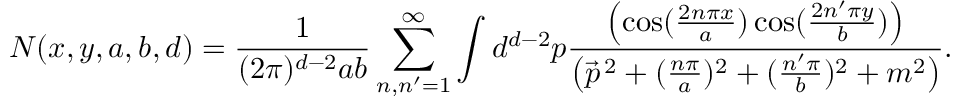
N ( x , y , a , b , d ) = \frac { 1 } { ( 2 \pi ) ^ { d - 2 } a b } \sum _ { n , n ^ { \prime } = 1 } ^ { \infty } \int d ^ { d - 2 } p \frac { \left( \cos ( \frac { 2 n \pi x } { a } ) \cos ( \frac { 2 n ^ { \prime } \pi y } { b } ) \right) } { \left( \vec { p } ^ { \, 2 } + ( \frac { n \pi } { a } ) ^ { 2 } + ( \frac { n ^ { \prime } \pi } { b } ) ^ { 2 } + m ^ { 2 } \right) } .